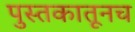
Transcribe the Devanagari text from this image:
पुस्तकातूनच